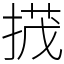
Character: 𢰝